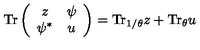
\mathrm { T r } \left( \begin{array} { c c } { z } & { \psi } \\ { \psi ^ { * } } & { u } \\ \end{array} \right) = \mathrm { T r } _ { 1 / \theta } z + \mathrm { T r } _ { \theta } u